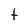
Character: t